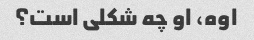
اوه، او چه شکلی است؟